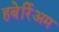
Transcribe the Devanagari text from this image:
हबेर्रिअम